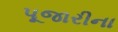
પૂજારીના